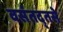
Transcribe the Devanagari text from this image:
वसंतद्तसे